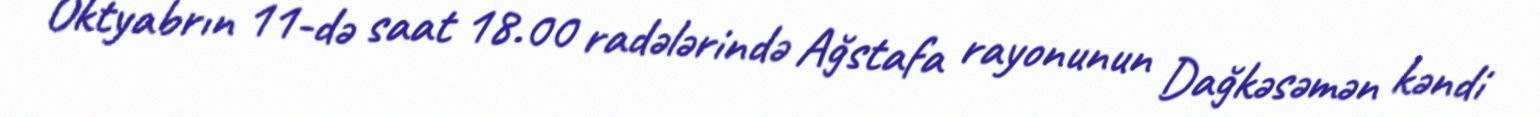
Oktyabrın 11-də saat 18.00 radələrində Ağstafa rayonunun Dağkəsəmən kəndi